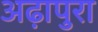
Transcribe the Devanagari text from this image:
अढ़ापुरा